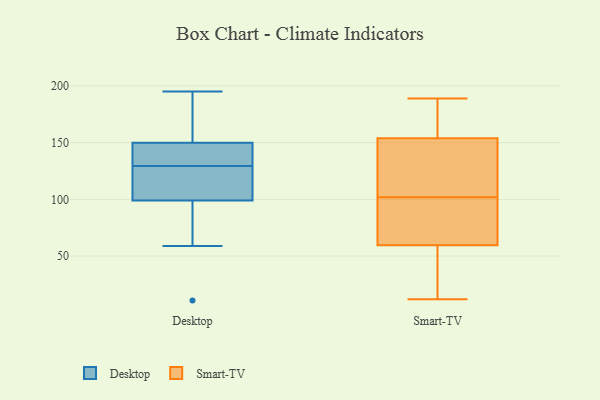
{"axis": {"x": "Market Share (%)", "y": "Value"}, "legend": ["Desktop", "Smart-TV"], "data": [{"x": "", "y": 112, "type": "Desktop"}, {"x": "", "y": 153, "type": "Desktop"}, {"x": "", "y": 111, "type": "Desktop"}, {"x": "", "y": 195, "type": "Desktop"}, {"x": "", "y": 11, "type": "Desktop"}, {"x": "", "y": 99, "type": "Desktop"}, {"x": "", "y": 130, "type": "Desktop"}, {"x": "", "y": 88, "type": "Desktop"}, {"x": "", "y": 142, "type": "Desktop"}, {"x": "", "y": 163, "type": "Desktop"}, {"x": "", "y": 150, "type": "Desktop"}, {"x": "", "y": 59, "type": "Desktop"}, {"x": "", "y": 150, "type": "Desktop"}, {"x": "", "y": 129, "type": "Desktop"}, {"x": "", "y": 134, "type": "Desktop"}, {"x": "", "y": 109, "type": "Desktop"}, {"x": "", "y": 161, "type": "Desktop"}, {"x": "", "y": 95, "type": "Desktop"}, {"x": "", "y": 133, "type": "Smart-TV"}, {"x": "", "y": 157, "type": "Smart-TV"}, {"x": "", "y": 144, "type": "Smart-TV"}, {"x": "", "y": 57, "type": "Smart-TV"}, {"x": "", "y": 62, "type": "Smart-TV"}, {"x": "", "y": 41, "type": "Smart-TV"}, {"x": "", "y": 69, "type": "Smart-TV"}, {"x": "", "y": 23, "type": "Smart-TV"}, {"x": "", "y": 176, "type": "Smart-TV"}, {"x": "", "y": 142, "type": "Smart-TV"}, {"x": "", "y": 97, "type": "Smart-TV"}, {"x": "", "y": 75, "type": "Smart-TV"}, {"x": "", "y": 189, "type": "Smart-TV"}, {"x": "", "y": 188, "type": "Smart-TV"}, {"x": "", "y": 188, "type": "Smart-TV"}, {"x": "", "y": 15, "type": "Smart-TV"}, {"x": "", "y": 107, "type": "Smart-TV"}, {"x": "", "y": 151, "type": "Smart-TV"}, {"x": "", "y": 12, "type": "Smart-TV"}, {"x": "", "y": 67, "type": "Smart-TV"}]}